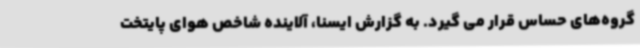
گروه‌های حساس قرار می گیرد. به گزارش ایسنا، آلاینده شاخص هوای پایتخت